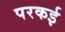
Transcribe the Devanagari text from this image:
परकई